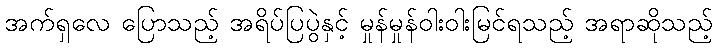
အက်ရှလေ ပြောသည့် အရိပ်ပြပွဲနှင့် မှုန်မှုန်ဝါးဝါးမြင်ရသည့် အရာဆိုသည့်